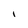
Character: I